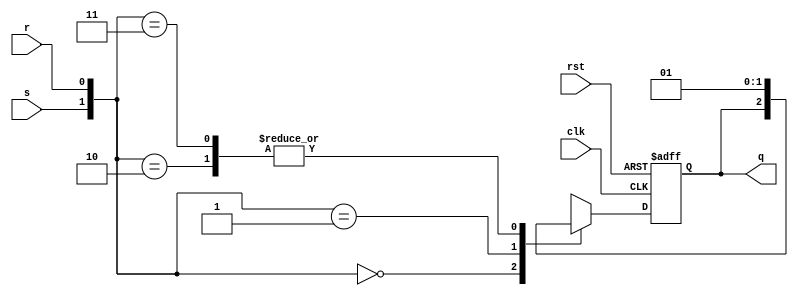
`timescale 1ns / 1ps
//****************************************************************//
//                                                                //
//  Created by       juan saavedra on february 18.                //
//  Copyright  2020 juan saavedra. All rights reserved.          //
//                                                                //
//                                                                //
//  In submitting this file for class work at CSULB               //
//  I am confirming that this is my work and the work             //
//  of no one else. In submitting this code I acknowledge that    //
//  plagiarism in student project work is subject to dismissal.   // 
//  from the class                                                //
//****************************************************************//

/***************************************************************************
 * Purpose: Implements an SR flip-flop using a 4-1 mux with two select inputs
 * and a D-flip flop. The mux selects output the following values:
 *      {s,r}   nq
 *       0 0    q
 *       0 1    0
 *       1 0    1
 *       1 1    1
 *
***************************************************************************/
module sr_ff
    (
    input           clk ,
                    rst ,
                    s   ,
                    r   ,
    output  reg     q   
    );
    
//    always@(posedge clk or posedge rst)
//        if(rst || r)
//            q <= 1'b0;
//        else if(s)
//            q <= 1'b1;
//        else 
//            q <= q;
    
    always@(posedge clk or posedge rst)
        if(rst)
            q   <=  1'b0;
        else
        begin
            case ({s,r})
                2'b00:  q  <=   q   ;
                2'b01:  q  <=   1'b0;
                2'b10:  q  <=   1'b1;
                2'b11:  q  <=   1'b1;
            endcase
        end
            
endmodule